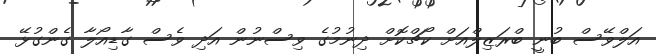
އަލްވޭސް ބުނީ ބްރަޒިލްއަށް ކޯޗްކޮށް ދިނުމުގެ ވިސްނުން އަދި ވެސް ގާޑިއޯލާ ގެންގުޅޭ